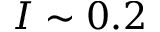
I \sim 0 . 2